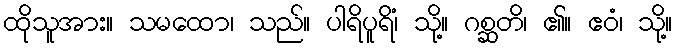
ထိုသူအား။ သမထော၊ သည်။ ပါရိပူရိံ၊ သို့။ ဂစ္ဆတိ၊ ၏။ ဧဝံ၊ သို့။